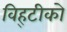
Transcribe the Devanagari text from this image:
विह्टीको